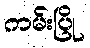
ကမ်းပြို